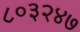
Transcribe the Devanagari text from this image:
८०३२४७